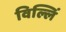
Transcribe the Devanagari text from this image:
विल्लिं